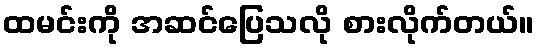
ထမင်းကို အဆင်ပြေသလို စားလိုက်တယ်။